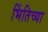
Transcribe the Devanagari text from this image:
भिंतिच्या